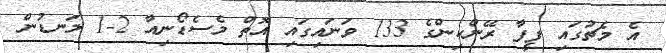
އެ މެޗުގައި ފީފާ ރޭންކިންގެ 133 ވަނައިގައި އޮތް މެސެޑޯނިއާ 2-1 ލަނޑުން